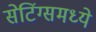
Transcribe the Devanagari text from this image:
सेटिंग्समध्ये